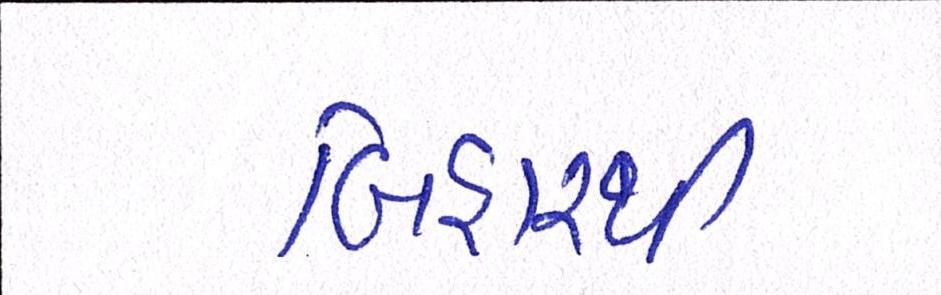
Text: બિહારથી